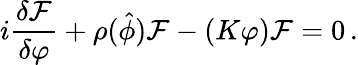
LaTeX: i\frac{\delta{\cal F}}{\delta\varphi}+\rho({\hat{\phi}}){\cal F}-(K\varphi){\cal F}=0\, .